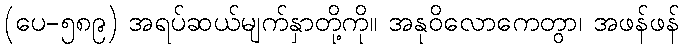
(ပေ-၅၈၉) အရပ်ဆယ်မျက်နှာတို့ကို။ အနုဝိလောကေတွာ၊ အဖန်ဖန်